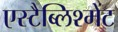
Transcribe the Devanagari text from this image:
एस्टैब्लिश्मेंट